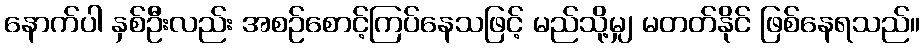
နောက်ပါ နှစ်ဦးလည်း အစဉ်စောင့်ကြပ်နေသဖြင့် မည်သို့မျှ မတတ်နိုင် ဖြစ်နေရသည်။